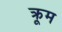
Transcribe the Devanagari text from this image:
क्रूम